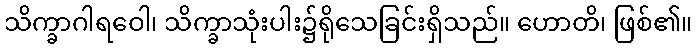
သိက္ခာဂါရဝေါ၊ သိက္ခာသုံးပါး၌ရိုသေခြင်းရှိသည်။ ဟောတိ၊ ဖြစ်၏။